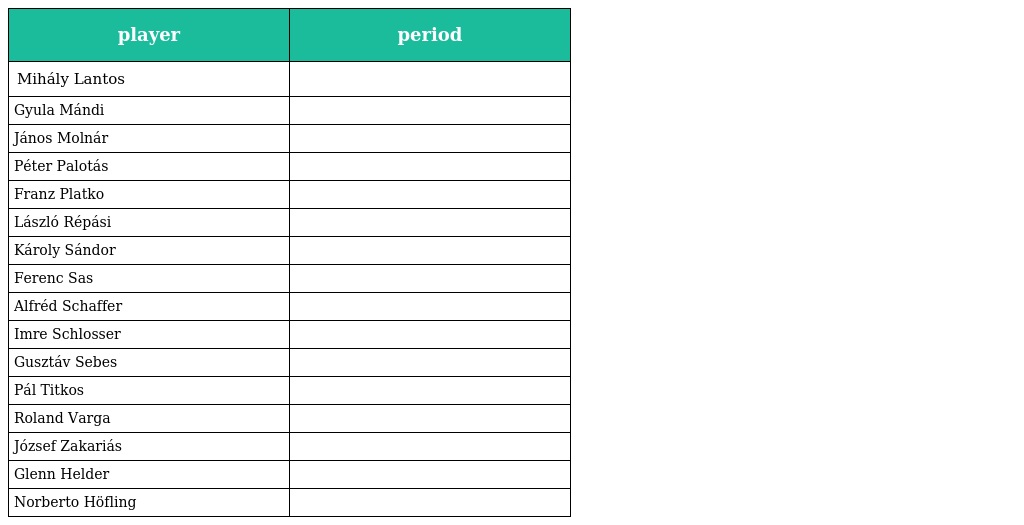
| player | period |
 | --- | --- |
 | Mihály Lantos |  |
 | Gyula Mándi |  |
 | János Molnár |  |
 | Péter Palotás |  |
 | Franz Platko |  |
 | László Répási |  |
 | Károly Sándor |  |
 | Ferenc Sas |  |
 | Alfréd Schaffer |  |
 | Imre Schlosser |  |
 | Gusztáv Sebes |  |
 | Pál Titkos |  |
 | Roland Varga |  |
 | József Zakariás |  |
 | Glenn Helder |  |
 | Norberto Höfling |  |